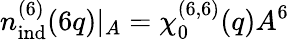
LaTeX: n_{\mathrm{ind}}^{(6)}(6q)|_{A}=\chi_{0}^{(6,6)}(q)A^{6}